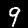
Label: 9